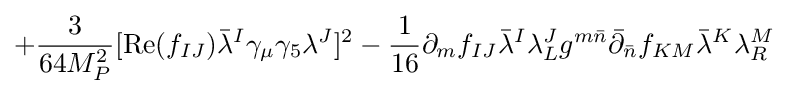
+{\frac {3}{64M_{P}^{2}}}[{\text{Re}}(f_{IJ}){\bar {\lambda }}^{I}\gamma _{\mu }\gamma _{5}\lambda ^{J}]^{2}-{\frac {1}{16}}\partial _{m}f_{IJ}{\bar {\lambda }}^{I}\lambda _{L}^{J}g^{m{\bar {n}}}{\bar {\partial }}_{\bar {n}}f_{KM}{\bar {\lambda }}^{K}\lambda _{R}^{M}